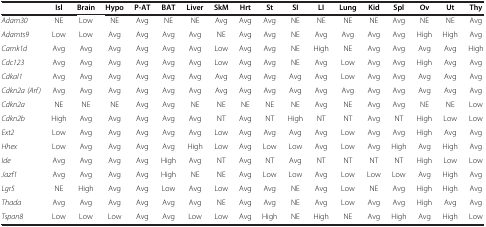
|  | Isl | Brain | Hypo | P-AT | BAT | Liver | SkM | Hrt | St | SI | LI | Lung | Kid | Spl | Ov | Ut | Thy |
 | --- | --- | --- | --- | --- | --- | --- | --- | --- | --- | --- | --- | --- | --- | --- | --- | --- | --- |
 | Adam30 | NE | Low | NE | Avg | NE | NE | Avg | Avg | Avg | NE | NE | NE | NE | Avg | NE | NE | Avg |
 | Adamts9 | Low | Low | Avg | Avg | Avg | Avg | NE | Avg | Avg | NE | Avg | Avg | Avg | Avg | High | High | Avg |
 | Camk1d | Avg | Avg | Avg | Avg | Avg | Avg | Low | Avg | Avg | NE | High | NE | Avg | Avg | Avg | Avg | High |
 | Cdc123 | Avg | Avg | Avg | Avg | Avg | Avg | Low | Avg | Avg | NE | Avg | Low | Avg | Avg | High | Avg | Avg |
 | Cdkal1 | Avg | Avg | Avg | Avg | Avg | Avg | Avg | Avg | Avg | Avg | Avg | Low | Avg | Avg | Avg | Avg | Avg |
 | Cdkn2a (Arf) | Avg | Avg | Avg | Avg | Avg | Avg | Avg | Avg | Avg | Avg | Avg | Avg | Avg | Avg | Avg | Avg | Avg |
 | Cdkn2a | NE | NE | NE | Avg | Avg | NE | NE | NE | NE | NE | Avg | NE | Avg | Avg | NE | NE | Low |
 | Cdkn2b | High | Avg | Avg | Avg | Avg | Avg | NT | Avg | NT | High | NT | NT | Avg | NT | High | Low | Low |
 | Ext2 | Low | Avg | Avg | Avg | Avg | Avg | Low | Avg | Avg | Avg | Avg | Low | Avg | Avg | High | Avg | Avg |
 | Hhex | Low | Avg | Avg | Avg | Avg | High | Low | Avg | Low | Low | Avg | Low | Avg | High | Avg | High | Avg |
 | Ide | Avg | Avg | Avg | Avg | High | Avg | NT | Avg | NT | Avg | NT | NT | NT | NT | High | Low | Low |
 | Jazf1 | Avg | Avg | Avg | Avg | High | NE | NE | Avg | Low | Low | Avg | Low | Low | Low | Avg | High | Avg |
 | Lgr5 | NE | High | Avg | Avg | Low | Avg | Low | Avg | Avg | NE | Avg | Low | NE | Avg | High | High | Avg |
 | Thada | Avg | Avg | Avg | Avg | Avg | Avg | NE | Avg | Avg | NE | Avg | Low | Avg | Avg | High | Avg | Avg |
 | Tspan8 | Low | Low | Low | Avg | Avg | Low | Low | Avg | High | NE | High | NE | Avg | High | Avg | High | Low |